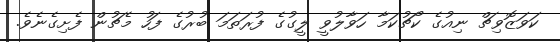
ކަވަޒޮވިޗް ނިއުގެ ކޯޗުކަމާ ހަވާލުވީ ލީގުގެ ފުރަތަމަ ބުރުގެ ފަހު މެޗުން ފެށިގެނެވެ.